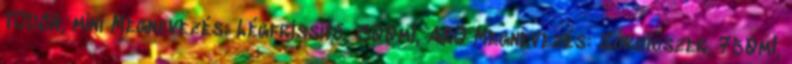
TOUCH, mini Megnevezés: Légfrissítő, 300ml, ARO Megnevezés: Súrolószer, 750ml,